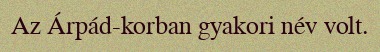
Az Árpád-korban gyakori név volt.